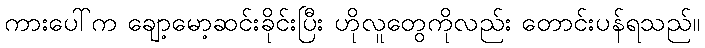
ကားပေါ်က ချော့မော့ဆင်းခိုင်းပြီး ဟိုလူတွေကိုလည်း တောင်းပန်ရသည်။